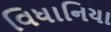
વિધાનિયા